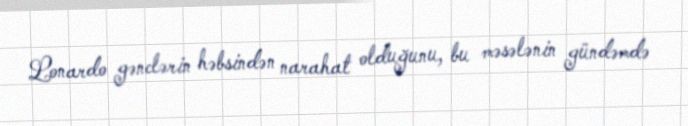
Lonardo gənclərin həbsindən narahat olduğunu, bu məsələnin gündəmdə